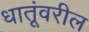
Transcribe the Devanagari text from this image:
धातूंवरील